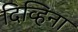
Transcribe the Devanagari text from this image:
दिव्हिना